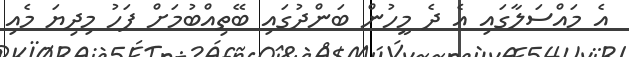
އެ މައްސަލާގައި އެ ދެ މީހުން ބަންދުގައި ބޭތިއްބުމަށް ފަހު މިދިޔަ މެއި